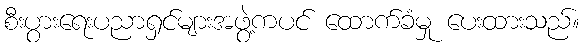
စီးပွားရေးပညာရှင်များအဖွဲ့ကပင် ထောက်ခံမှု ပေးထားသည်။